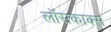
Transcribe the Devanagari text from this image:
लॉसकाक्स